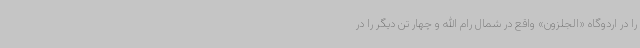
را در اردوگاه «الجلزون» واقع در شمال رام الله و چهار تن دیگر را در